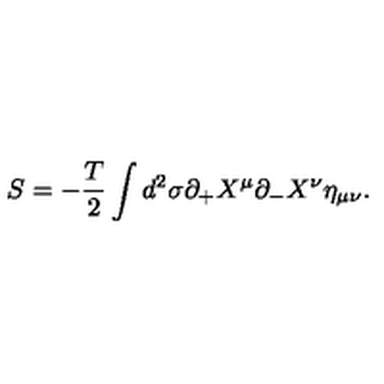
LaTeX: S = - \frac { T } { 2 } \int d ^ { 2 } \sigma \partial _ { + } X ^ { \mu } \partial _ { - } X ^ { \nu } \eta _ { \mu \nu } .